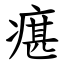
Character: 瘎